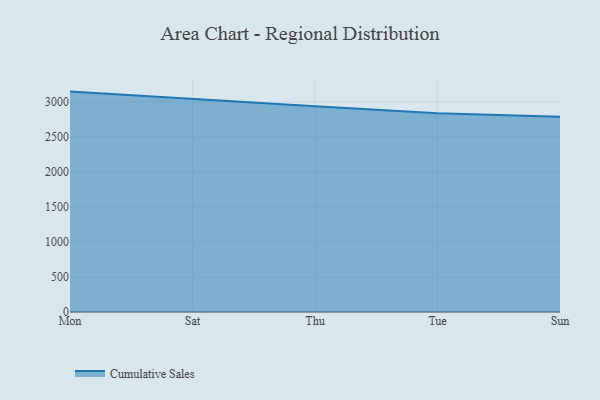
{"axis": {"x": "Day", "y": "Customer Acquisition Cost (USD)"}, "legend": ["Cumulative Sales"], "data": [{"x": "Mon", "y": 3147.6, "type": "Cumulative Sales"}, {"x": "Sat", "y": 3039.4, "type": "Cumulative Sales"}, {"x": "Thu", "y": 2937.2, "type": "Cumulative Sales"}, {"x": "Tue", "y": 2837.6, "type": "Cumulative Sales"}, {"x": "Sun", "y": 2787.7, "type": "Cumulative Sales"}]}